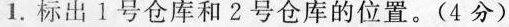
1.标出1号仓库和2号仓库的位置。(4分)